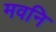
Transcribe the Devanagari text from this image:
मवनि